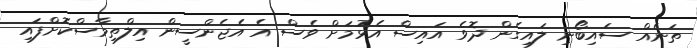
ތަނެއް ސައިބޯނި ލައިގެން ދޮވެ އައިސް އެޅުމަށް ވެސް އެ އެޖެންސީން އިލްތިމާސްކޮށްފައި